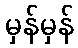
မှန်မှန်